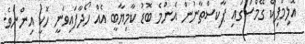
އޮލިމްޕިކް ގޭމްސްގައި ޕާކިސްތާނުން އެންމެ ބޮޑު ކާމިޔާބީ އެއް ހޯދާފައިވަނީ ހޮކީ އިންނެވެ.